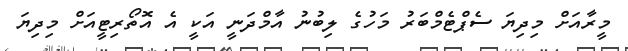
މީރާއަށް މިދިޔަ ސެޕްޓެމްބަރު މަހުގެ ލިބުނު އާމްދަނީ އަކީ އެ އޮތޯރިޓީއަށް މިިދިޔަ